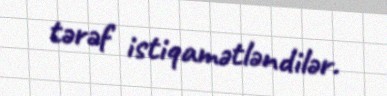
tərəf istiqamətləndilər.